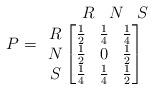
LaTeX: \begin{align*}P=\begin{array}{r}\begin{matrix}R & N & S\end{matrix} \\\begin{matrix}R\\N\\S\end{matrix} \begin{bmatrix}\frac{1}{2} & \frac{1}{4} & \frac{1}{4}\\\frac{1}{2} & 0 & \frac{1}{2}\\\frac{1}{4} & \frac{1}{4} & \frac{1}{2}\\\end{bmatrix}\ \end{array} \end{align*}